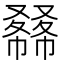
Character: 𠮇